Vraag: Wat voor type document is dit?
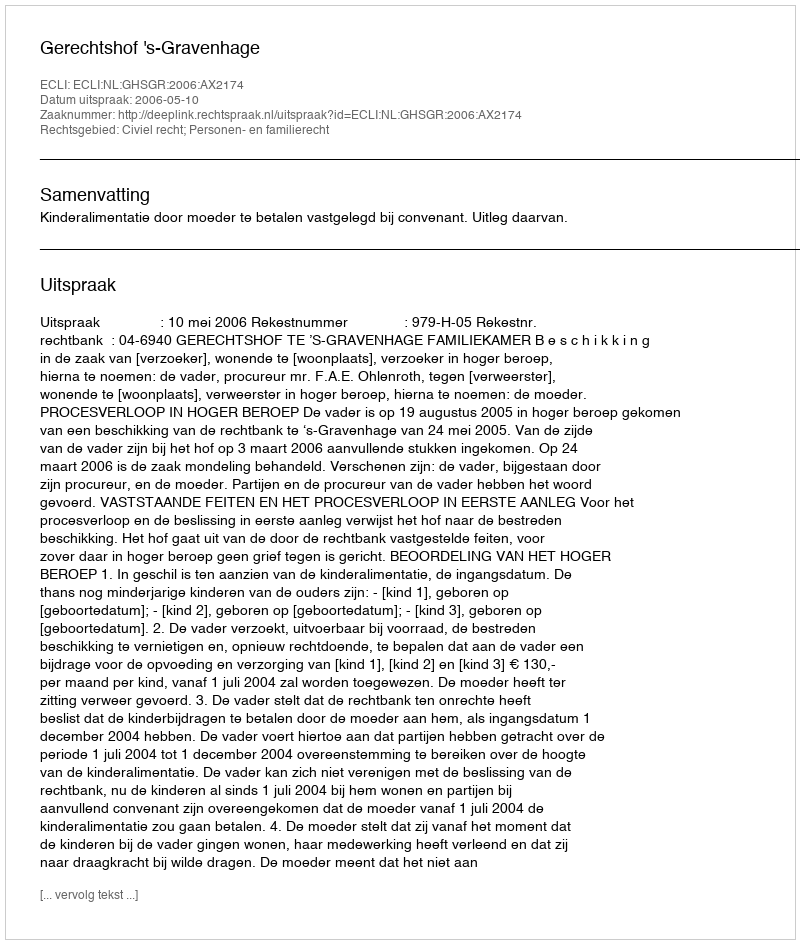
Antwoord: Uitspraak